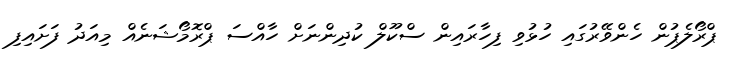
ޕްރޯލެޕުން ހެންވޭރުގައި ހުޅުވި ފިހާރައިން ސްކޫލް ކުދިންނަށް ހާއްސަ ޕްރޮމޯޝަނެއް މިއަދު ފަށައިފި